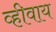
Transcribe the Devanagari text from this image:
व्हीवाय